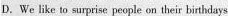
D.We like to surprise people on their birthdays.